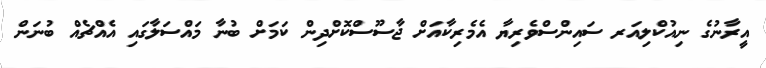
އީރާނުގެ ނިއުކްލިއަރ ސައިންސްވެރިޔާ އެމެރިކާއަށް ޖާސޫސްކޮށްދިން ކަމަށް ބުނާ މައްސަލާގައި އެއްޗެއް ބުނަން